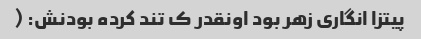
پیتزا انگاری زهر بود اونقدر ک تند کرده بودنش: (